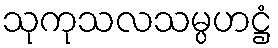
သုကုသလသမ္ပဟဋ္ဌံ